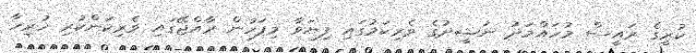
ކުރީގެ ރައީސް މުހައްމަދު ނަޝީދުގެ ވެރިކަމުގައި ފިޔަވާ މިފަހުން ރާއްޖޭގައި ވެރިކަންކުރި ހުރިހާ